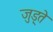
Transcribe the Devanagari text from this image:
जुड़्ते